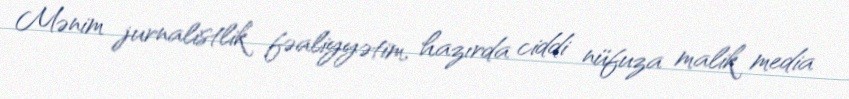
Mənim jurnalistlik fəaliyyətim, hazırda ciddi nüfuza malik media